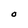
Character: O